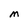
Character: M